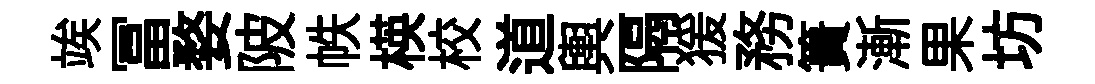
竢冨婺陂帙楧校道輿隔猨務簣漸果坊